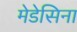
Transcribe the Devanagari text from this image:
मेडेसिना